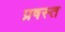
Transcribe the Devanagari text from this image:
प्रषस्त